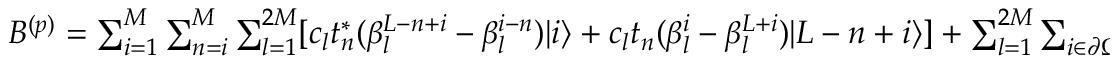
\begin{array} { r } { B ^ { ( p ) } = \sum _ { i = 1 } ^ { M } \sum _ { n = i } ^ { M } \sum _ { l = 1 } ^ { 2 M } [ c _ { l } t _ { n } ^ { \ast } ( \beta _ { l } ^ { L - n + i } - \beta _ { l } ^ { i - n } ) | i \rangle + c _ { l } t _ { n } ( \beta _ { l } ^ { i } - \beta _ { l } ^ { L + i } ) | L - n + i \rangle ] + \sum _ { l = 1 } ^ { 2 M } \sum _ { i \in \partial \Omega } c _ { l } v _ { i } \beta _ { l } ^ { i } | i \rangle + \sum _ { l = 1 } ^ { 2 M } \sum _ { i , j \in \partial \Omega } c _ { l } v _ { i j } \beta _ { l } ^ { j } | i \rangle . } \end{array}